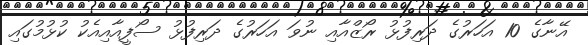
އޭނާގެ 10 އަހަރުގެ ދަރިފުޅު ރޯޒްއާއި ނުވަ އަހަރުގެ ދަރިފުޅު ސޯފީއާއިއެކު ކުޅުމުގައި